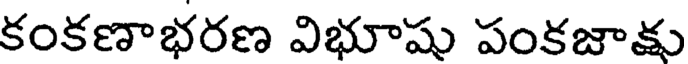
కంకణాభరణ విభూషు పంకజాకు